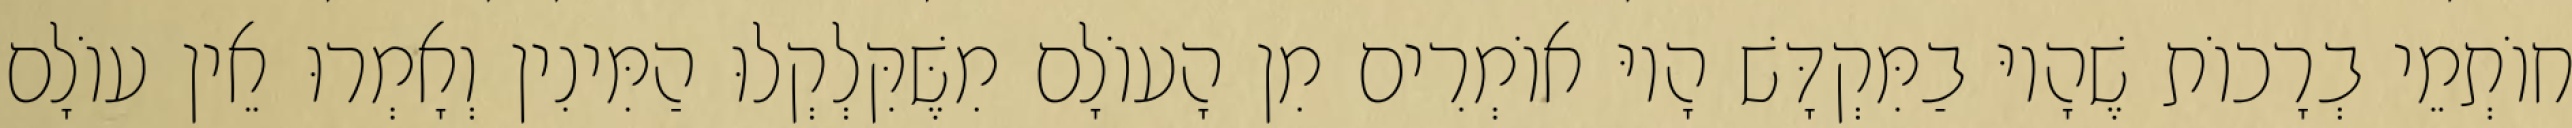
חוֹתְמֵי בְרָכוֹת שֶׁהָיוּ בַמִּקְדָּשׁ הָיוּ אוֹמְרִים מִן הָעוֹלָם מִשֶּׁקִּלְקְלוּ הַמִּינִין וְאָמְרוּ אֵין עוֹלָם